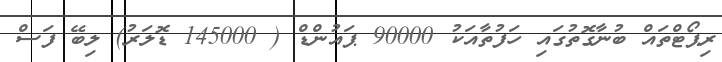
ރިޕޯޓްތައް ބުނާގޮތުގައި ހަފުތާއަކު 90000 ޕައުންޑް ( 145000 ޑޮލަރު) ލިބޭ ފަސް